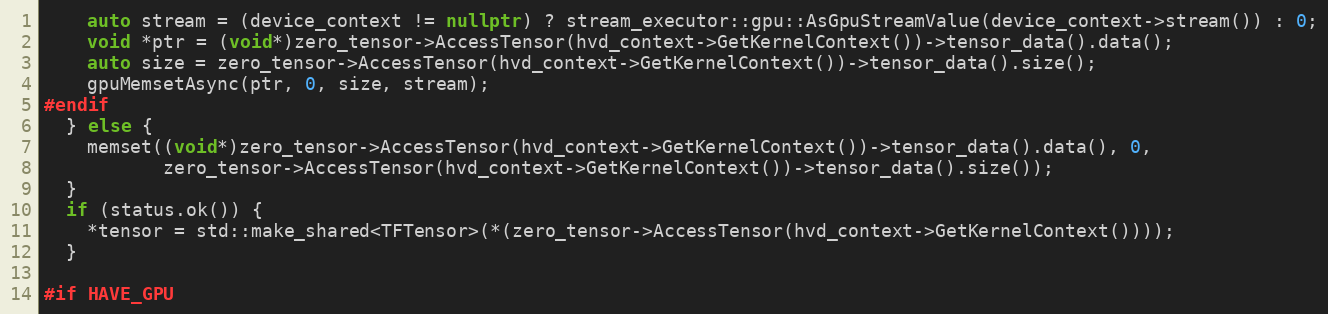
Language: C++
    auto stream = (device_context != nullptr) ? stream_executor::gpu::AsGpuStreamValue(device_context->stream()) : 0;
    void *ptr = (void*)zero_tensor->AccessTensor(hvd_context->GetKernelContext())->tensor_data().data();
    auto size = zero_tensor->AccessTensor(hvd_context->GetKernelContext())->tensor_data().size();
    gpuMemsetAsync(ptr, 0, size, stream);
#endif
  } else {
    memset((void*)zero_tensor->AccessTensor(hvd_context->GetKernelContext())->tensor_data().data(), 0,
           zero_tensor->AccessTensor(hvd_context->GetKernelContext())->tensor_data().size());
  }
  if (status.ok()) {
    *tensor = std::make_shared<TFTensor>(*(zero_tensor->AccessTensor(hvd_context->GetKernelContext())));
  }

#if HAVE_GPU